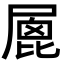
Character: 𡲮